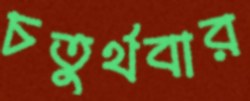
চতুর্থবার